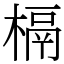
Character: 槅